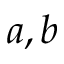
a , b